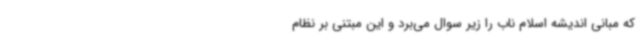
که مبانی اندیشه اسلام ناب را زیر سوال می‌برد و این مبتنی بر نظام